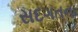
સદગતના